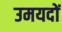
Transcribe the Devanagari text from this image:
उमयदों